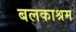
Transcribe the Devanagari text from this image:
बलकाश्रम